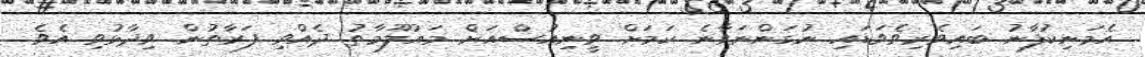
އެމަނިކުފާނު ބައިވެރިވެވަޑައި ނުގަންނަވާނެ ކަމަށް ވީނިއުސްއަށް މައުލޫމާތު ދެއްވި ފަރާތުން ވިދާޅުވި އެވެ.